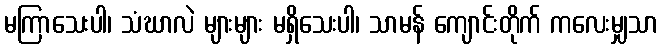
မကြာသေးပါ၊ သံဃာလဲ များများ မရှိသေးပါ၊ သာမန် ကျောင်းတိုက် ကလေးမျှသာ